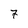
Character: 7